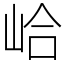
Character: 峆